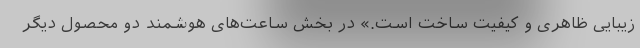
زیبایی ظاهری و کیفیت ساخت است.» در بخش ساعت‌های هوشمند دو محصول دیگر